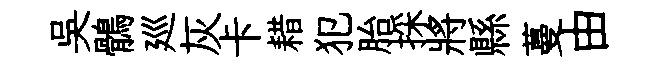
吳鶻廵灰卡耤犯胎採將縣蔓由